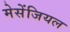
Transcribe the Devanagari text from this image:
मेसेंजियल